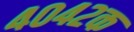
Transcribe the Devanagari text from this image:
४०४२क